Annual administration report of the Civil Veterinary Department of India - 1900-1901
Year: 1900
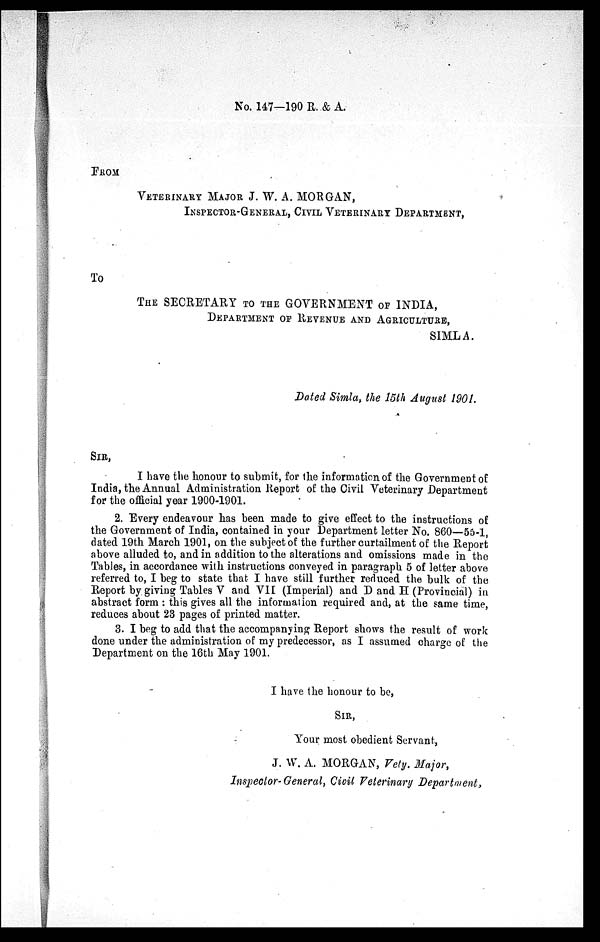
No. 147—190 R. & A.
FROM
VETERINARY MAJOR J. W. A. MORGAN,
INSPECTOR-GENERAL, CIVIL VETERINARY DEPARTMENT,
To
THE SECRETARY TO THE GOVERNMENT OF INDIA,
DEPARTMENT OF REVENUE AND AGRICULTURE,
SIMLA.
Dated Simla, the 15th August 1901.
SIR,
I have the honour to submit, for the information of the Government of
India, the Annual Administration Report of the Civil Veterinary Department
for the official year 1900-1901.
2. Every endeavour has been made to give effect to the instructions of
the Government of India, contained in your Department letter No. 860—55-1,
dated 19th March 1901, on the subject of the further curtailment of the Report
above alluded to, and in addition to the alterations and omissions made in the
Tables, in accordance with instructions conveyed in paragraph 5 of letter above
referred to, I beg to state that I have still further reduced the bulk of the
Report by giving Tables V and VII (Imperial) and D and H (Provincial) in
abstract form: this gives all the information required and, at the same time,
reduces about 23 pages of printed matter.
3. I beg to add that the accompanying Report shows the result of work
done under the administration of my predecessor, as I assumed charge of the
Department on the 16th May 1901
I have the honour to be,
SIR,
Your most obedient Servant,
J. W. A. MORGAN, Vety. Major,
Inspector-General, Civil Veterinary Department,